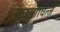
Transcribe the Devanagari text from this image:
कार्लोवित्ज़